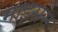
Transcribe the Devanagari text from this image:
माइसन